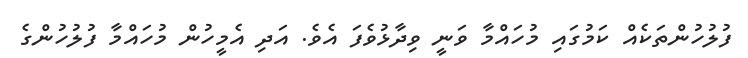
ފުލުހުންތަކެއް ކަމުގައި މުހައްމާ ވަނީ ވިދާޅުވެފަ އެވެ. އަދި އެމީހުން މުހައްމާ ފުލުހުންގެ